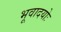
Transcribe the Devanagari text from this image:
भूवादयोः